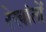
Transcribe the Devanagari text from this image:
रेखांतों